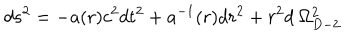
LaTeX: d s ^ { 2 } = - a ( r ) c ^ { 2 } d t ^ { 2 } + a ^ { - 1 } ( r ) d r ^ { 2 } + r ^ { 2 } d \: \Omega _ { D - 2 } ^ { 2 }